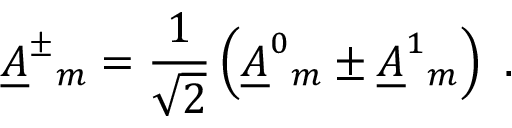
\underline { { { A } } } ^ { \pm } { } _ { m } = \frac { 1 } { \sqrt { 2 } } \left( \underline { { { A } } } ^ { 0 } { } _ { m } \pm \underline { { { A } } } ^ { 1 } { } _ { m } \right) \ .